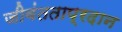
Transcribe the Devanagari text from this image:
जीवंतताप्रदान